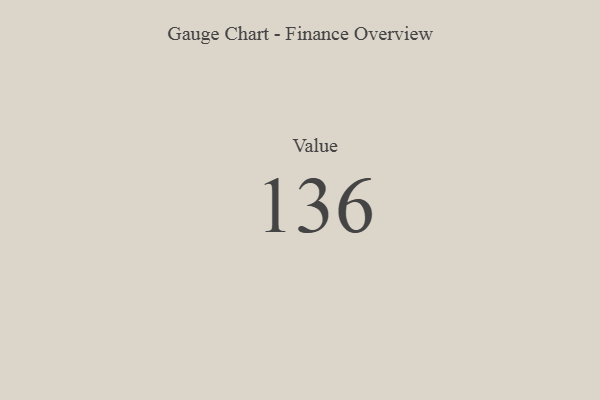
{"axis": {"x": "Metric", "y": "Value"}, "legend": [""], "data": [{"x": "Value", "y": 136, "type": ""}]}